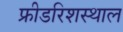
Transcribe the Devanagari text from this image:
फ्रीडरिशस्थाल